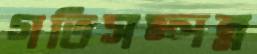
গতিসম্পন্ন